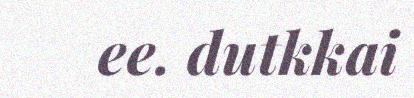
ee. dutkkai